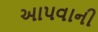
આપવાની